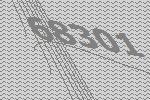
68301